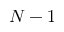
N - 1